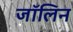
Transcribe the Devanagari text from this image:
जॉलिन